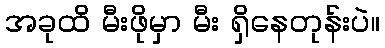
အခုထိ မီးဖိုမှာ မီး ရှိနေတုန်းပဲ။